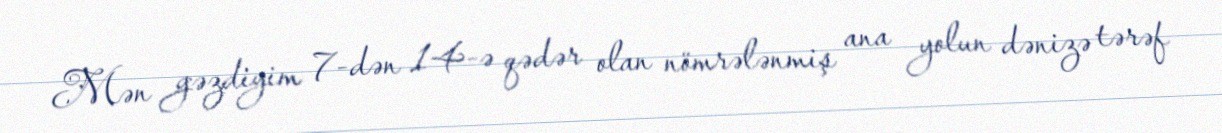
Mən gəzdiyim 7-dən 14-ə qədər olan nömrələnmiş ana yolun dənizə tərəf